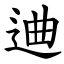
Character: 䢗